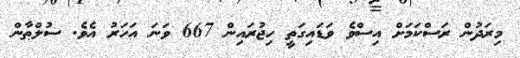
މިރަދުން ރަސްކަމަށް އިސްވެ ވަޑައިގަތީ ހިޖުރައިން 667 ވަނަ އަހަރު އެވެ. ސުލްޠާން